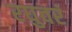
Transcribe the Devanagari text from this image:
रघुवरं